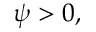
\psi > 0 ,